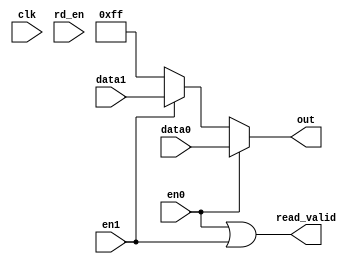
`define WIDTH 3
`define DATA_WIDTH 8

module DO_mux (
    input clk,
    input rd_en,
    input en0,
    input en1,
    input [`DATA_WIDTH-1:0] data0,
    input [`DATA_WIDTH-1:0] data1,
   
    output [`DATA_WIDTH-1:0] out,
    output read_valid
);
    reg en0_r;
    reg en1_r;
    assign out = (en0) ? data0 : (en1) ? data1 : 32'hffffffff;
    assign read_valid = (en0 | en1);
    

endmodule